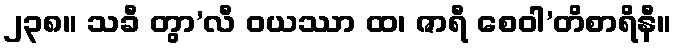
၂၃၈။ သခီ တွာ’လီ ဝယဿာ ထ၊ ဇာရီ စေဝါ’တိစာရိနီ။